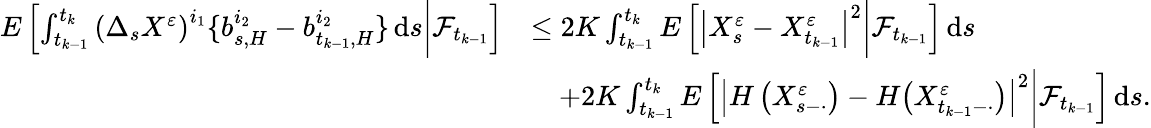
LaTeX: \begin{array}{rl}{E\left[\int_{t_{k-1}}^{t_{k}}\left(\Delta_{s}X^{\varepsilon}\right)^{i_{1}}\{ b_{s,H}^{i_{2}}-b_{t_{k-1},H}^{i_{2}}\} \, \mathrm{d}s\bigg|\mathcal{F}_{t_{k-1}}\right]}&{\leq 2K\int_{t_{k-1}}^{t_{k}}E\left[\left|X_{s}^{\varepsilon}-X_{t_{k-1}}^{\varepsilon}\right|^{2}\bigg|\mathcal{F}_{t_{k-1}}\right]\, \mathrm{d}s}\\ &{\quad+2K\int_{t_{k-1}}^{t_{k}}E\left[\left|H\left(X_{s-\cdot}^{\varepsilon}\right)-H\big(X_{t_{k-1}-\cdot}^{\varepsilon}\big)\right|^{2}\bigg|\mathcal{F}_{t_{k-1}}\right]\, \mathrm{d}s.}\end{array}